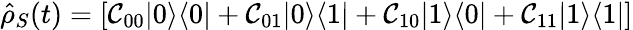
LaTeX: \hat{\rho}_{S}(t)=\left[\mathcal{C}_{00}|0\rangle\langle 0|+\mathcal{C}_{01}|0\rangle\langle 1|+\mathcal{C}_{10}|1\rangle\langle 0|+\mathcal{C}_{11}|1\rangle\langle 1|\right]